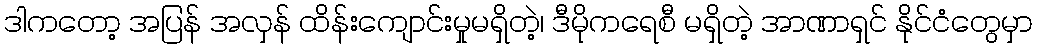
ဒါကတော့ အပြန် အလှန် ထိန်းကျောင်းမှုမရှိတဲ့၊ ဒီမိုကရေစီ မရှိတဲ့ အာဏာရှင် နိုင်ငံတွေမှာ